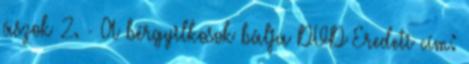
ászok 2. - A bérgyilkosok bálja DVD Eredeti cím: